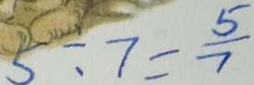
5 \div 7 = \frac { 5 } { 7 }